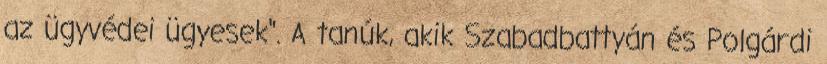
az ügyvédei ügyesek". A tanúk, akik Szabadbattyán és Polgárdi